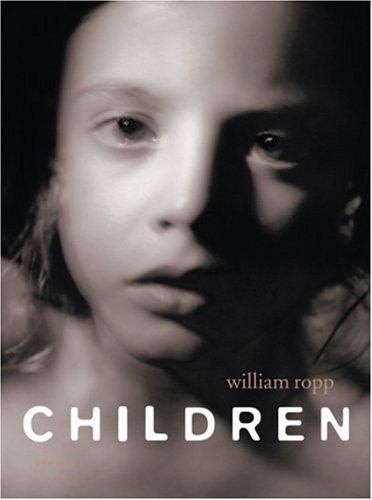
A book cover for Children; Arts & Photography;